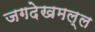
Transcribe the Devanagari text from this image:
जगदेखमल्ल